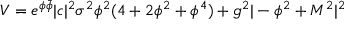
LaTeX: V = e ^ { \phi \bar { \phi } } | c | ^ { 2 } \sigma ^ { 2 } \phi ^ { 2 } ( 4 + 2 \phi ^ { 2 } + \phi ^ { 4 } ) + g ^ { 2 } | - \phi ^ { 2 } + M ^ { 2 } | ^ { 2 }